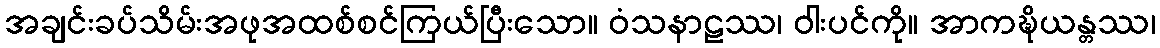
အချင်းခပ်သိမ်းအဖုအထစ်စင်ကြယ်ပြီးသော။ ဝံသနာဠဿ၊ ဝါးပင်ကို။ အာကဍ္ဎိယန္တဿ၊